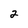
Character: 2